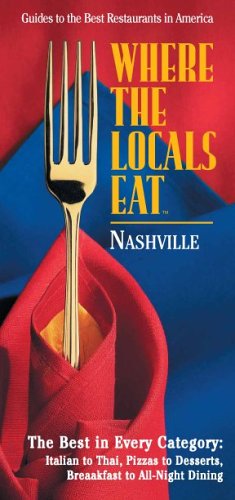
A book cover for Where the Locals Eat: Nashville; Pat Embry; Travel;